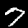
Digit: 7